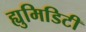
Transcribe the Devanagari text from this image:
ह्युमिडिटी